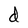
Character: d